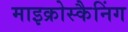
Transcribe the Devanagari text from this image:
माइक्रोस्कैनिंग